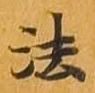
法